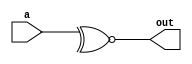
module reduceXnorGate( a, out);

	input [2:0] a;
	output out;
	wire out;

	assign out = ~^a;
	
endmodule